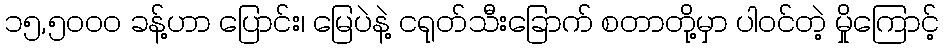
၁၅,၅၀၀၀ ခန့်ဟာ ပြောင်း၊ မြေပဲနဲ့ ငရုတ်သီးခြောက် စတာတို့မှာ ပါဝင်တဲ့ မှိုကြောင့်